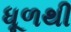
ધૂળથી